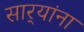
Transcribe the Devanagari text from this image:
सार्‍यांना